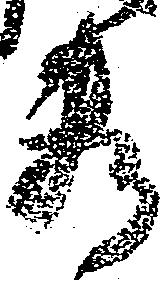
料